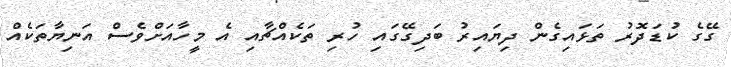
ގޭގެ ކުޑަދޮރު ތަޅައިގެން ދިޔައިރު ބަދިގޭގައި ހުރި ތަކެއްޗާއި އެ މީހާއަށްވެސް އަނިޔާތަކެއް